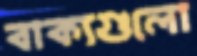
বাক্যগুলো